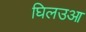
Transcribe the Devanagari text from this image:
घिलउआ